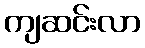
ကျဆင်းလာ